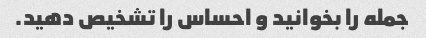
جمله را بخوانید و احساس را تشخیص دهید.